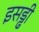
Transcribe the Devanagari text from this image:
इसड्ढी